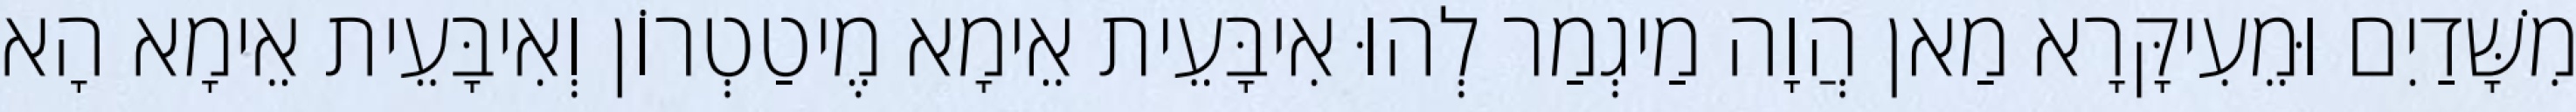
מִשָּׁדַיִם וּמֵעִיקָּרָא מַאן הֲוָה מַיגְמַר לְהוּ אִיבָּעֵית אֵימָא מֶיטַטְרוֹן וְאִיבָּעֵית אֵימָא הָא